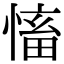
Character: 慉